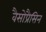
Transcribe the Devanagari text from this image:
वैसोप्रैसिन